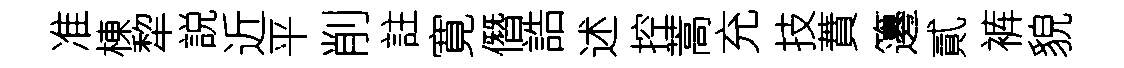
准棟犂説近平削註寛僭誥述控蒿充技蕡籩貳裤貌